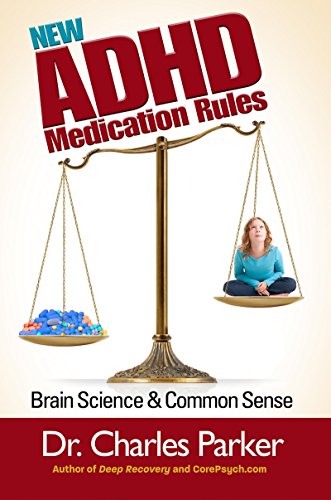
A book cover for New ADHD Medication Rules: Brain Science & Common Sense; Dr. Charles Parker; Health, Fitness & Dieting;